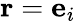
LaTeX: \mathbf{r}=\mathbf{e}_{i}